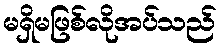
မရှိမဖြစ်လိုအပ်သည်